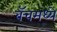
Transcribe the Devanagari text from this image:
बॅचमध्ये